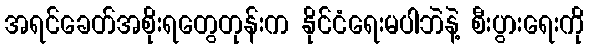
အရင်ခေတ်အစိုးရတွေတုန်းက နိုင်ငံရေးမပါဘဲနဲ့ စီးပွားရေးကို